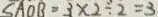
S A O B = 3 \times 2 \div 2 = 3